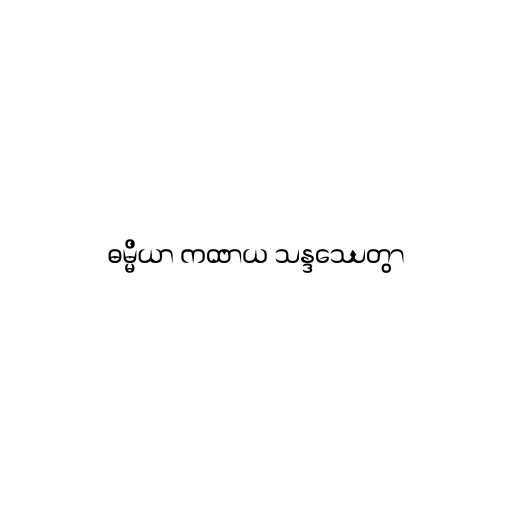
ဓမ္မိယာ ကထာယ သန္ဒဿေတွာ